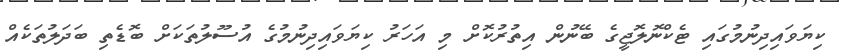
ކިޔަވައިދިނުމުގައި ޓެކްނޮލޮޖީގެ ބޭނުން އިތުރުކޮށް މި އަހަރު ކިޔަވައިދިނުމުގެ އުސޫލުތަކަށް ބޮޑެތި ބަދަލުތަކެއް